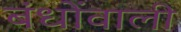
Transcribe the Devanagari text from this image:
बंधोंवाली